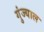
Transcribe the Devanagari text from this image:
गुंज्याल